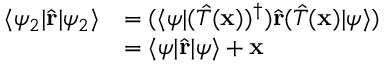
{ \begin{array} { r l } { \langle \psi _ { 2 } | { \hat { \mathbf { r } } } | \psi _ { 2 } \rangle } & { = ( \langle \psi | ( { \hat { T } } ( \mathbf { x } ) ) ^ { \dagger } ) { \hat { \mathbf { r } } } ( { \hat { T } } ( \mathbf { x } ) | \psi \rangle ) } \\ & { = \langle \psi | { \hat { \mathbf { r } } } | \psi \rangle + \mathbf { x } } \end{array} }